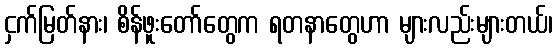
ငှက်မြတ်နား၊ စိန်ဖူးတော်တွေက ရတနာတွေဟာ များလည်းများတယ်၊